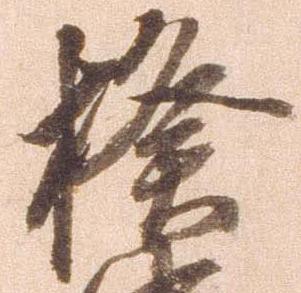
揆